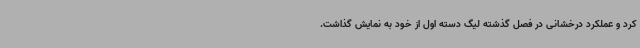
کرد و عملکرد درخشانی در فصل گذشته لیگ دسته اول از خود به نمایش گذاشت.